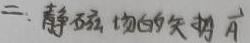
二、静磁场的矢势$\vec{A}$